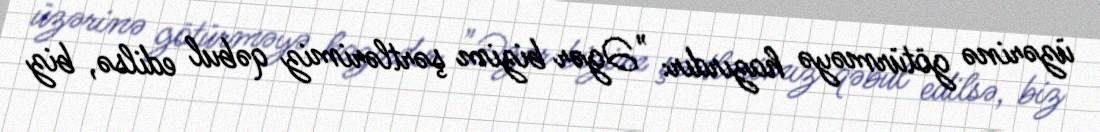
üzərinə götürməyə hazırdır: "Əgər bizim şərtlərimiz qəbul edilsə, biz